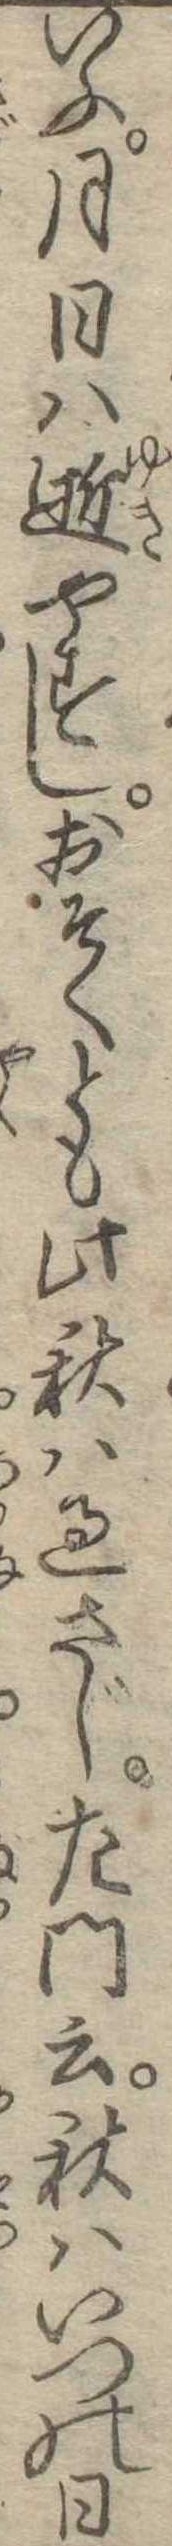
いふ月日は逝やすしおそくとも此秋は過さじ左門云秋はいつの日